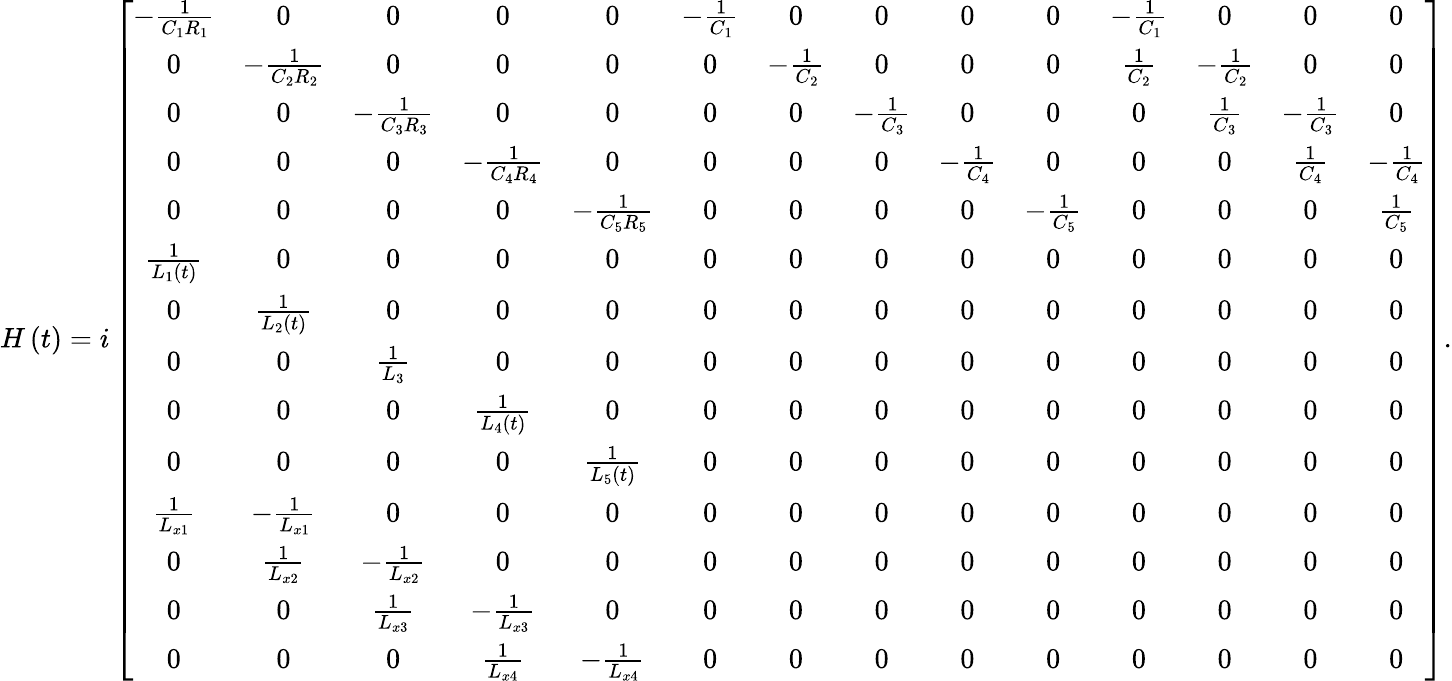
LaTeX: \begin{array}{r}{H\left(t\right)=i\left[\begin{array}{cccccccccccccc}{-\frac{1}{C_{1}R_{1}}}&{0}&{0}&{0}&{0}&{-\frac{1}{C_{1}}}&{0}&{0}&{0}&{0}&{-\frac{1}{C_{1}}}&{0}&{0}&{0}\\ {0}&{-\frac{1}{C_{2}R_{2}}}&{0}&{0}&{0}&{0}&{-\frac{1}{C_{2}}}&{0}&{0}&{0}&{\frac{1}{C_{2}}}&{-\frac{1}{C_{2}}}&{0}&{0}\\ {0}&{0}&{-\frac{1}{C_{3}R_{3}}}&{0}&{0}&{0}&{0}&{-\frac{1}{C_{3}}}&{0}&{0}&{0}&{\frac{1}{C_{3}}}&{-\frac{1}{C_{3}}}&{0}\\ {0}&{0}&{0}&{-\frac{1}{C_{4}R_{4}}}&{0}&{0}&{0}&{0}&{-\frac{1}{C_{4}}}&{0}&{0}&{0}&{\frac{1}{C_{4}}}&{-\frac{1}{C_{4}}}\\ {0}&{0}&{0}&{0}&{-\frac{1}{C_{5}R_{5}}}&{0}&{0}&{0}&{0}&{-\frac{1}{C_{5}}}&{0}&{0}&{0}&{\frac{1}{C_{5}}}\\ {\frac{1}{L_{1}\left(t\right)}}&{0}&{0}&{0}&{0}&{0}&{0}&{0}&{0}&{0}&{0}&{0}&{0}&{0}\\ {0}&{\frac{1}{L_{2}\left(t\right)}}&{0}&{0}&{0}&{0}&{0}&{0}&{0}&{0}&{0}&{0}&{0}&{0}\\ {0}&{0}&{\frac{1}{L_{3}}}&{0}&{0}&{0}&{0}&{0}&{0}&{0}&{0}&{0}&{0}&{0}\\ {0}&{0}&{0}&{\frac{1}{L_{4}\left(t\right)}}&{0}&{0}&{0}&{0}&{0}&{0}&{0}&{0}&{0}&{0}\\ {0}&{0}&{0}&{0}&{\frac{1}{L_{5}\left(t\right)}}&{0}&{0}&{0}&{0}&{0}&{0}&{0}&{0}&{0}\\ {\frac{1}{L_{x1}}}&{-\frac{1}{L_{x1}}}&{0}&{0}&{0}&{0}&{0}&{0}&{0}&{0}&{0}&{0}&{0}&{0}\\ {0}&{\frac{1}{L_{x2}}}&{-\frac{1}{L_{x2}}}&{0}&{0}&{0}&{0}&{0}&{0}&{0}&{0}&{0}&{0}&{0}\\ {0}&{0}&{\frac{1}{L_{x3}}}&{-\frac{1}{L_{x3}}}&{0}&{0}&{0}&{0}&{0}&{0}&{0}&{0}&{0}&{0}\\ {0}&{0}&{0}&{\frac{1}{L_{x4}}}&{-\frac{1}{L_{x4}}}&{0}&{0}&{0}&{0}&{0}&{0}&{0}&{0}&{0}\end{array}\right].}\end{array}